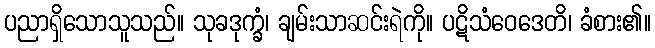
ပညာရှိသောသူသည်။ သုခဒုက္ခံ၊ ချမ်းသာဆင်းရဲကို။ ပဋိသံဝေဒေတိ၊ ခံစား၏။